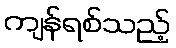
ကျန်ရစ်သည့်